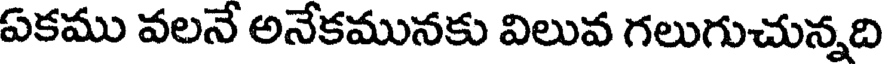
ఏకము వలనే అనేకమునకు విలువ గలుగుచున్నది